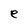
Character: e